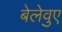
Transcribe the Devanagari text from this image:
बेलेवुए